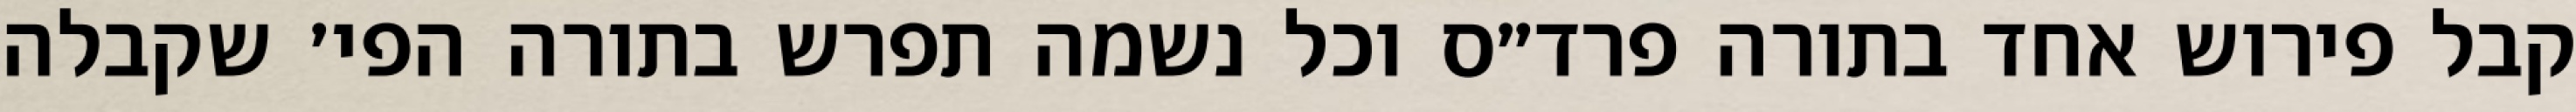
קבל פירוש אחד בתורה פרד״ס וכל נשמה תפרש בתורה הפי׳ שקבלה